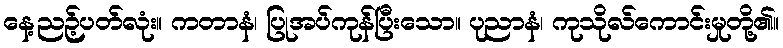
နေ့ညဉ့်ပတ်လုံး။ ကတာနံ၊ ပြုအပ်ကုန်ပြီးသော။ ပုညာနံ၊ ကုသိုလ်ကောင်းမှုတို့၏။